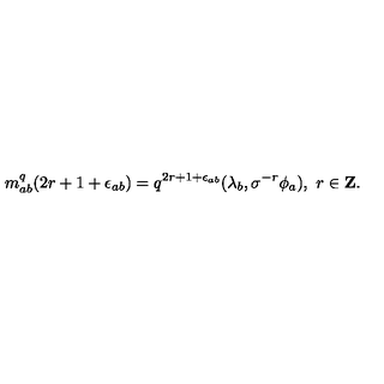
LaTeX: m _ { a b } ^ { q } ( 2 r + 1 + \epsilon _ { a b } ) = q ^ { 2 r + 1 + \epsilon _ { a b } } ( \lambda _ { b } , \sigma ^ { - r } \phi _ { a } ) , \ r \in { \bf Z } .